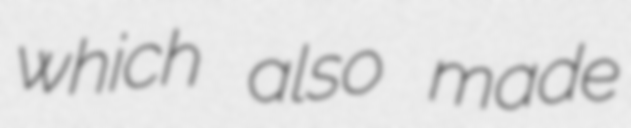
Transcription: which also made